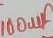
Text: 100uF